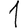
Digit: 1